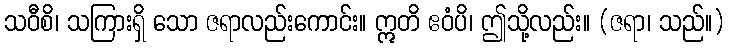
သဝီစိ၊ သကြားရှိ သော ဇရာလည်းကောင်း။ ဣတိ ဧဝံပိ၊ ဤသို့လည်း။ (ဇရာ၊ သည်။)